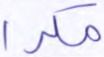
مكرا